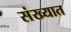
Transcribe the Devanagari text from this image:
संख्यात